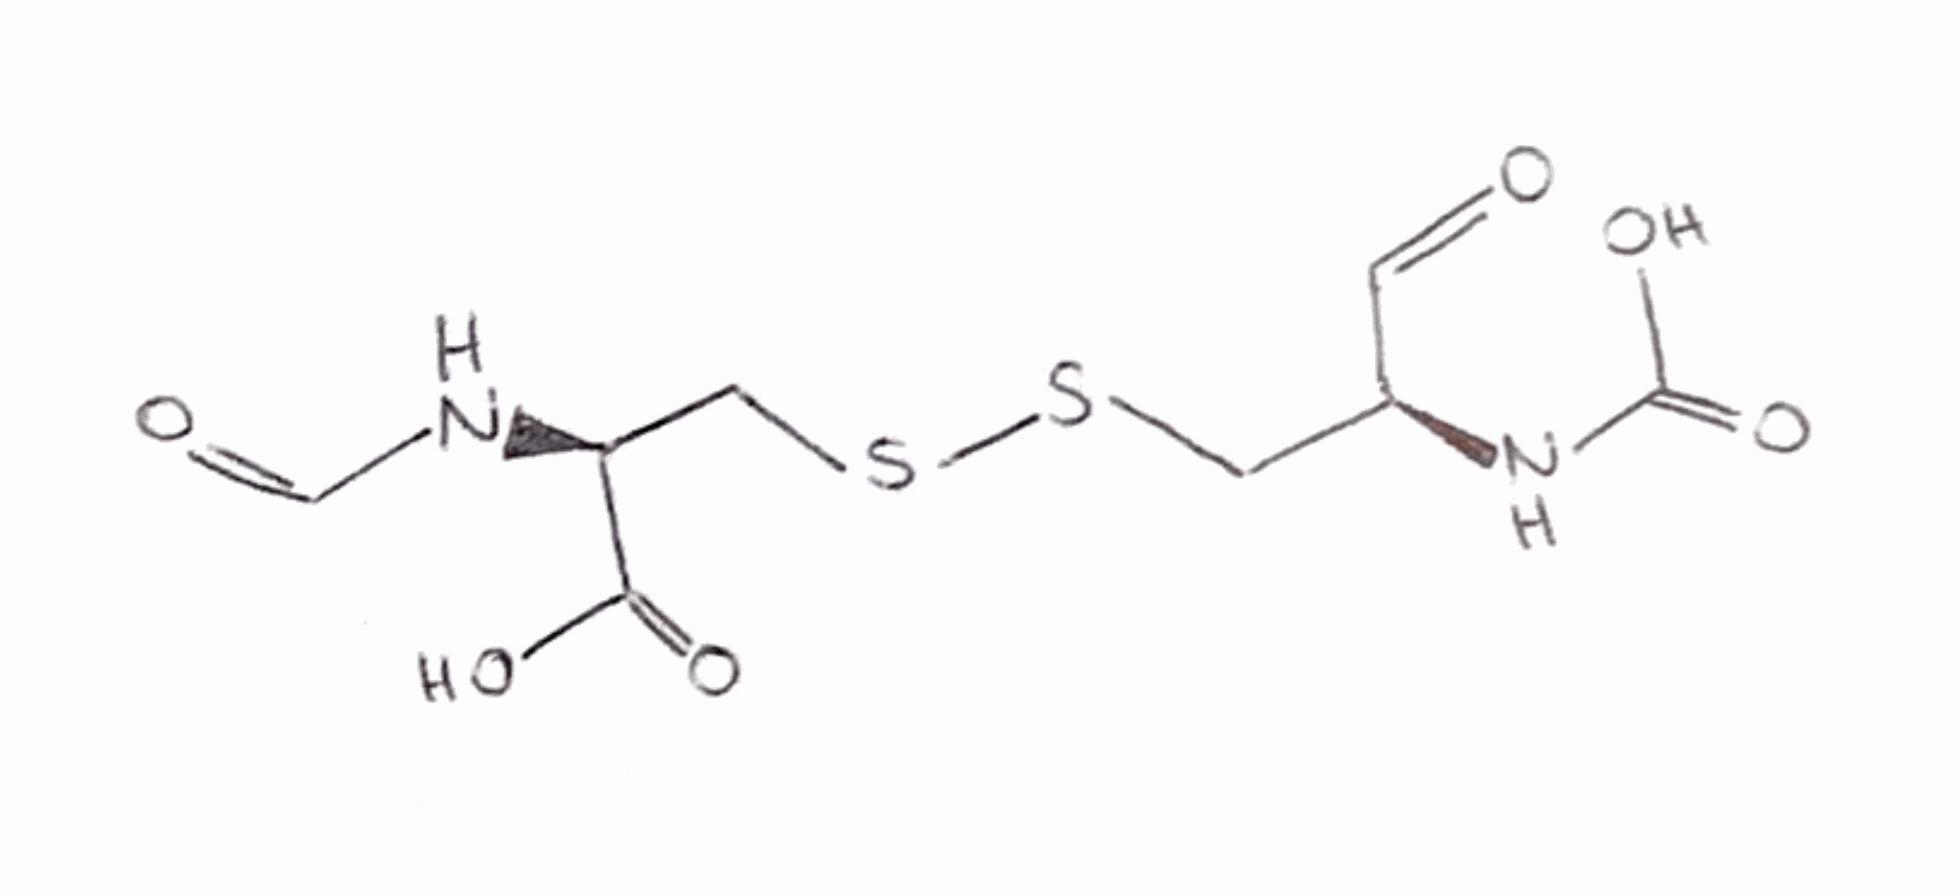
Simplified molecular-input line-entry system (SMILES) notation of the given molecule:
C([C@@H](C=O)NC(=O)O)SSC[C@@H](C(=O)O)NC=O